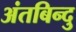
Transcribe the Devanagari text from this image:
अंतबिन्दु